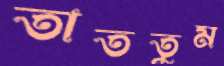
তাততুম